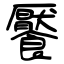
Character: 饜